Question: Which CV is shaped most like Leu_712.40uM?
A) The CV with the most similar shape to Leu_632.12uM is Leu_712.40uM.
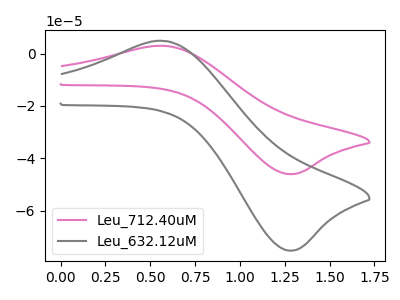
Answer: <think>The pink curve "Leu_712.40uM" has an anodic peak at (0.60V, 2.95uA) and a cathodic peak at (1.30V, -46.05uA). The gray curve "Leu_632.12uM" has an anodic peak at (0.60V, 4.85uA) and a cathodic peak at (1.30V, -75.30uA).
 All the peaks in "Leu_712.40uM" have a peak in "Leu_632.12uM" at the same potential. Every peak in "Leu_712.40uM" is lower than every peak in "Leu_632.12uM".</think>
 <answer>A) The CV with the most similar shape to "Leu_632.12uM" is "Leu_712.40uM".</answer>
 <eval>A</eval>